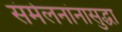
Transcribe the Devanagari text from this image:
संमेलनांनासुद्धा